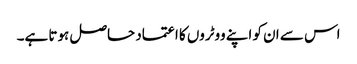
اس سے ان کو اپنے ووٹروں کا اعتماد حاصل ہوتا ہے۔